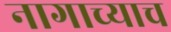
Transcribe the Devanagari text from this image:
नागाच्याच